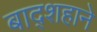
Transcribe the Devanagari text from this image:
बाद्शहाने